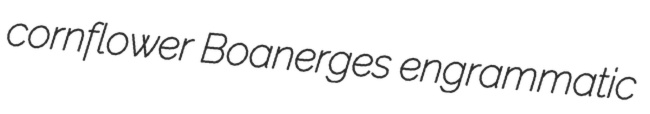
cornflower Boanerges engrammatic